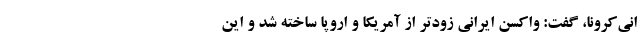
انی‌کرونا، گفت: واکسن ایرانی زودتر از آمریکا و اروپا ساخته شد و این